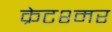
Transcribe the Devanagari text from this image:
क्रेटश्मर